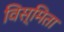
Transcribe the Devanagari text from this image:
विस्मिता